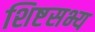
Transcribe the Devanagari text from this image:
शिष्टसभ्य